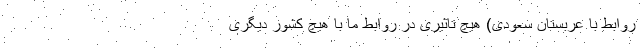
روابط با عربستان سعودی) هیچ تاثیری در روابط ما با هیچ كشور دیگری